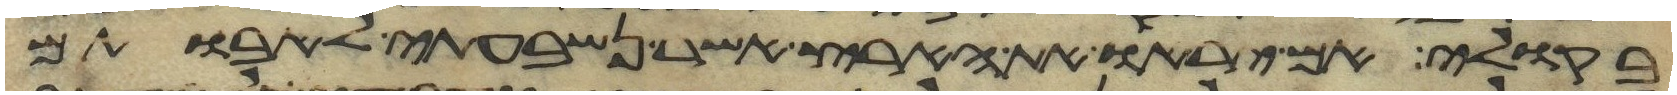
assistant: בקולי אם יראו את הארץ אשר נשבעתי לאבותם